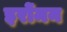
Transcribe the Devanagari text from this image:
इरोंमन